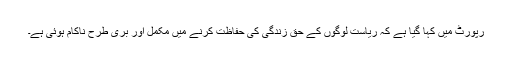
رپورٹ میں کہا گیا ہے کہ ریاست لوگوں کے حق زندگی کی حفاظت کرنے میں مکمل اور بری طرح ناکام ہوئی ہے۔